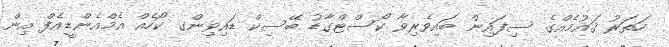
ހަތަރު ޤައުމެއްގެ ސިފައިން ބައިވެރިވާ ކޯސްޓްގާޑު ބޭސިކް ޑައިވިންގ ކޯހެއް އެމްއެންޑީއެފް އިން